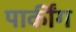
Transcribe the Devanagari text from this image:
पार्कींग